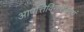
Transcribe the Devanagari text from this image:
आपत्तिविनाशकएवं